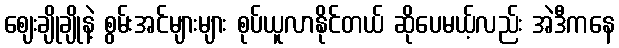
ဈေးချိုချိုနဲ့ စွမ်းအင်များများ စုပ်ယူလာနိုင်တယ် ဆိုပေမယ့်လည်း အဲဒီကနေ